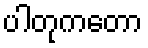
ပါတုကတော